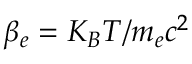
\beta _ { e } = K _ { B } T / m _ { e } c ^ { 2 }